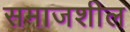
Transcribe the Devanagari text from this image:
समाजशील